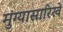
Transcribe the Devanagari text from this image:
मुंग्यासारिखे